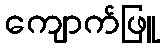
ကျောက်ဖြူ